Lunatic asylums Madras 1877-1891 - 1877-1891
Year: 1877
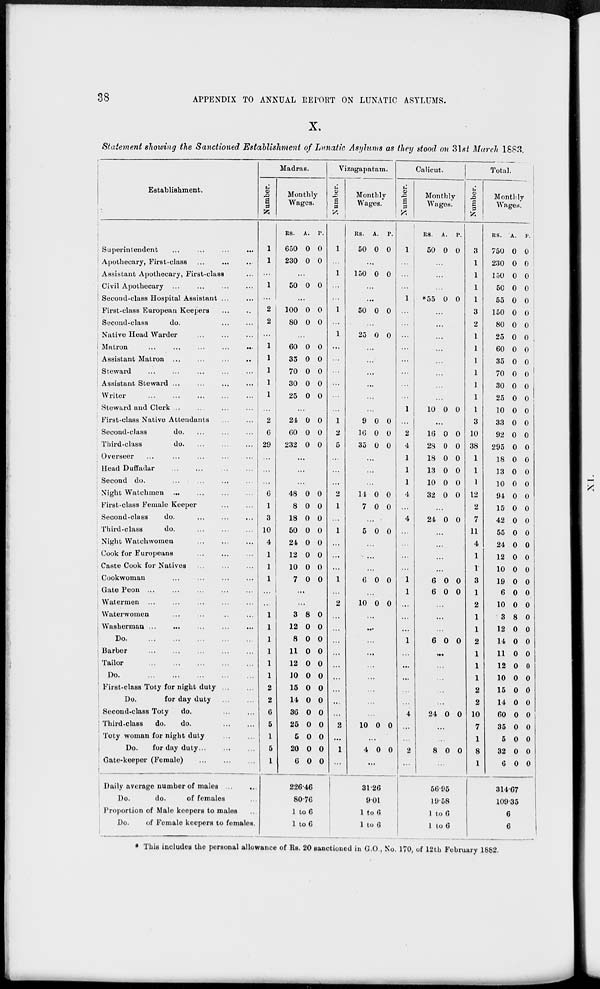
38
APPENDIX TO ANNUAL REPORT ON LUNATIC ASYLUMS.
X.
Statement showing the Sanctioned Establishment of Lunatic Asylums as they stood on 31st March 1883.
Establishment.
Superintendent ... ... ... ...
Apothecary, First-class ... ... ...
Assistant Apothecary, First-class ...
Civil Apothecary ... ... ... ...
Second-class Hospital Assistant ... ...
First-class European Keepers ... ...
Second-class
do. ... ...
Native Head Warder ... ... ...
Matron ... ... ... ... ...
Assistant Matron ... ... ... ...
Steward ... ... ... ... ...
Assistant Steward ...
...
...
...
Writer ... ... ... ... ...
Steward and Clerk ...
...
...
...
First-class Native Attendants
...
...
Second-class
do. ... ... ...
Third-class
do. ... ... ...
Overseer ... ... ... ... ...
Head Duffadar
...
...
...
...
Second do. ... ... ... ...
Night Watchmen ... ... ... ...
First-class Female Keeper ... ...
Second-class
do. ... ... ...
Third-class
do. ... ... ...
Night
Watchwomen
...
...
...
Cook for Europeans
...
...
...
Caste Cook for Natives ... ... ...
Cookwoman ... ... ... ...
Gate Peon
...
...
...
...
...
Watermen
... ... ... ... ...
Waterwomen ... ... ... ...
Washerman ... ... ... ... ...
Do.
...
...
...
...
...
Barber ... ... ... ... ...
Tailor
...
...
...
...
...
Do.
...
...
...
...
...
First-class Toty for night duty
...
...
Do.
for day duty
...
...
Second-class Toty
do. ... ...
Third-class
do.
do.
...
...
Toty woman for night duty ... ...
Do.
for day duty... ... ...
Gate-keeper (Female) ... ... ...
Daily average number of males ...
...
Do.
do.
of females ...
Proportion of Male keepers to males ...
Do.
of Female keepers to females.
Madras.
Number.
1
1
...
1
...
2
2
...
1
1
1
1
1
...
2
6
29
...
...
...
6
1
3
10
4
1
1
1
...
...
1
1
1
1
1
1
2
2
6
5
1
5
1
Monthly
Wages.
RS.
650
230
A.
0
0
P.
0
0
...
50 0 0
...
100
80
0
0
0
0
...
60
35
70
30
25
0
0
0
0
0
0
0
0
0
0
...
24
60
232
0
0
0
0
0
0
...
...
...
48
8
18
50
24
12
10
7
0
0
0
0
0
0
0
0
0
0
0
0
0
0
0
0
...
...
3
12
8
11
12
10
15
14
36
25
5
20
6
8
0
0
0
0
0
0
0
0
0
0
0
0
0
0
0
0
0
0
0
0
0
0
0
0
0
226.46
80.76
1 to 6
1 to 6
Vizagapatam.
Number.
1
...
1
...
...
1
...
1
...
...
...
...
...
...
1
2
5
...
...
...
2
1
...
1
...
...
...
1
...
2
...
...
...
...
...
...
...
...
...
2
...
1
...
Monthly
Wages.
RS.
50
A.
0
P.
0
...
150 0 0
...
...
50 0 0
...
25 0 0
...
...
...
...
...
...
9
16
35
0
0
0
0
0
0
...
...
...
14
7
0
0
0
0
...
5 0 0
...
...
...
6 0 0
...
10 0 0
...
...
...
...
...
...
...
...
...
10 0
0
...
4 0
0
...
31.26
9.01
1 to 6
1 to 6
Calicut.
Number.
1
...
...
...
1
...
...
...
...
...
...
...
...
1
...
2
4
1
1
1
4
...
4
...
...
...
...
1
1
...
...
...
1
...
...
...
...
...
4
...
...
2
...
Monthly
Wages.
RS.
50
A.
0
P.
0
...
...
...
*55 0 0
...
...
...
...
...
...
...
...
10 0 0
...
16
28
18
13
10
32
0
0
0
0
0
0
0
0
0
0
0
0
...
24 0 0
...
...
...
...
6
6
0
0
0
0
...
...
...
6 0
0
...
...
...
...
...
24 0
0
...
...
8
0
0
...
56.95
19.58
1 to 6
1 to 6
Total.
Number.
3
1
1
1
1
3
2
1
1
1
1
1
1
1
3
10
38
1
1
1
12
2
7
11
4
1
1
3
1
2
1
1
2
1
1
1
2
2
10
7
1
8
1
Monthly
Wages.
RS.
750
230
150
50
55
150
80
25
60
35
70
30
25
10
33
92
295
18
13
10
94
15
42
55
24
12
10
19
6
10
3
12
14
11
12
10
15
14
60
35
5
32
6
A.
0
0
0
0
0
0
0
0
0
0
0
0
0
0
0
0
0
0
0
0
0
0
0
0
0
0
0
0
0
0
8
0
0
0
0
0
0
0
0
0
0
0
0
P.
0
0
0
0
0
0
0
0
0
0
0
0
0
0
0
0
0
0
0
0
0
0
0
0
0
0
0
0
0
0
0
0
0
0
0
0
0
0
0
0
0
0
0
314.67
109.35
6
6
* This includes the personal allowance of Rs. 20 sanctioned in C.O., No. 170, of 12th February 1882.